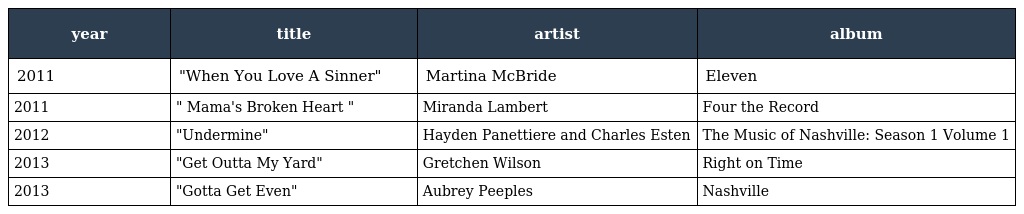
| year | title | artist | album |
 | --- | --- | --- | --- |
 | 2011 | "When You Love A Sinner" | Martina McBride | Eleven |
 | 2011 | " Mama's Broken Heart " | Miranda Lambert | Four the Record |
 | 2012 | "Undermine" | Hayden Panettiere and Charles Esten | The Music of Nashville: Season 1 Volume 1 |
 | 2013 | "Get Outta My Yard" | Gretchen Wilson | Right on Time |
 | 2013 | "Gotta Get Even" | Aubrey Peeples | Nashville |